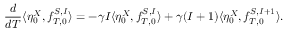
\frac { d } { d T } \langle \eta _ { 0 } ^ { X } , f _ { T , 0 } ^ { S , I } \rangle = - \gamma I \langle \eta _ { 0 } ^ { X } , f _ { T , 0 } ^ { S , I } \rangle + \gamma ( I + 1 ) \langle \eta _ { 0 } ^ { X } , f _ { T , 0 } ^ { S , I + 1 } \rangle .